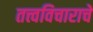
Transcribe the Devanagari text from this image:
तत्त्वविचाराचे